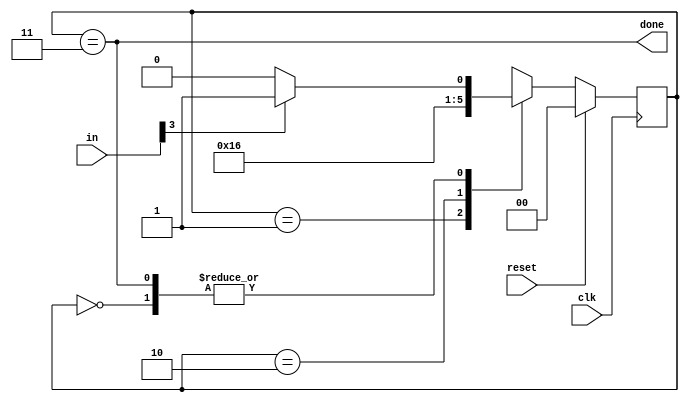
module top_module(
    input clk,
    input [7:0] in,
    input reset,    // Synchronous reset
    output done); //

    reg [1:0] state, next_state;
    
    // State transition logic (combinational)
    always @(*) begin
        case(state)
            2'b00:	next_state = in[3]? 2'b01 : 2'b00;
            2'b01:	next_state = 2'b10;
            2'b10:	next_state = 2'b11;
            2'b11:	next_state = in[3]? 2'b01 : 2'b00;
        endcase
    end
   
    // State flip-flops (sequential)
    always @(posedge clk) begin
        if(reset)
            state = 2'b0;
        else
            state = next_state;
    end
 
    // Output logic
    assign done = (state == 2'b11);

endmodule